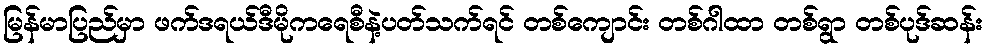
မြန်မာပြည်မှာ ဖက်ဒရယ်ဒီမိုကရေစီနဲ့ပတ်သက်ရင် တစ်ကျောင်း တစ်ဂါထာ တစ်ရွာ တစ်ပုဒ်ဆန်း